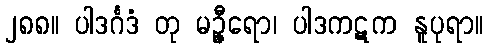
၂၈၈။ ပါဒင်္ဂဒံ တု မဉ္ဇီရော၊ ပါဒကဋက နူပုရာ။